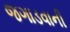
જગાડવાની